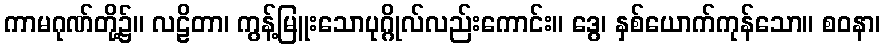
ကာမဂုဏ်တို့၌။ လဠိတာ၊ ကွန့်မြူးသောပုဂ္ဂိုလ်လည်းကောင်း။ ဒွေ၊ နှစ်ယောက်ကုန်သော။ စဝနာ၊